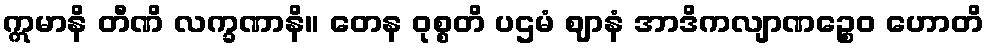
ဣမာနိ တီဏိ လက္ခဏာနိ။ တေန ဝုစ္စတိ ပဌမံ ဈာနံ အာဒိကလျာဏဉ္စေဝ ဟောတိ